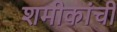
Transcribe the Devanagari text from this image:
शमीकांची